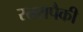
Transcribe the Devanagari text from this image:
स्तरापैकी